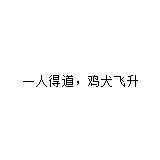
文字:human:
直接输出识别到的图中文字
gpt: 一人得道，鸡犬飞升